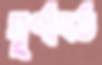
ঘূর্ণাবর্ত